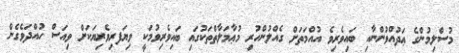
މުސްލިމުންގެ ޢަދުއްވުންނާއި ބައިވެރިވެ އުއްމަތަށް ގެއްލުންހުރި މުޢާމަލާތްތަކުގައި ބައިވެރިވުމަކީ ވިޔަފރިވެރިޔަކަށް ވިއަސް ހުއްދަވެގެން